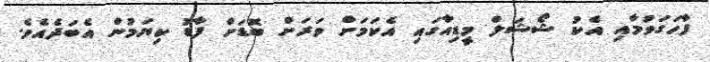
ފާހަގަވުމާއި އެކު ޝޯޝަލް މީޑިއާގައި އެކަމަށް ވަރަށް ބޮޑަށް ފާޑު ކިޔަމުން އެބަދެއެވެ.